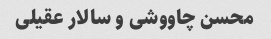
محسن چاووشی و سالار عقیلی